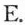
E.